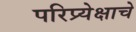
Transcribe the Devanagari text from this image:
परिप्र्येक्षाचे